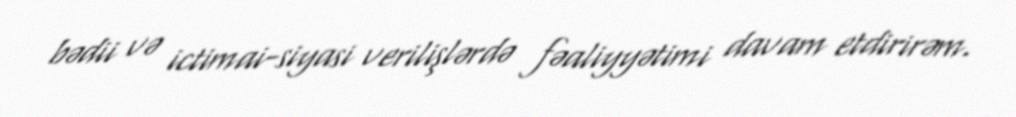
bədii və ictimai-siyasi verilişlərdə fəaliyyətimi davam etdirirəm.